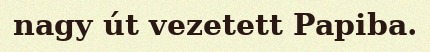
nagy út vezetett Papiba.